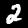
Label: 2